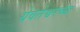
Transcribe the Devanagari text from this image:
येवतेश्वरच्या